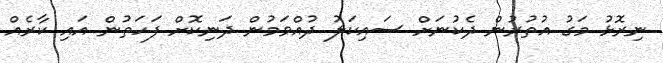
ނިރޮޅު މަގު އުތުރުން ދެކުނަށް ސައިކަލު ދުއްވަމުން ދަނިކޮށް ފަހަތުން އައި ކާރެއް